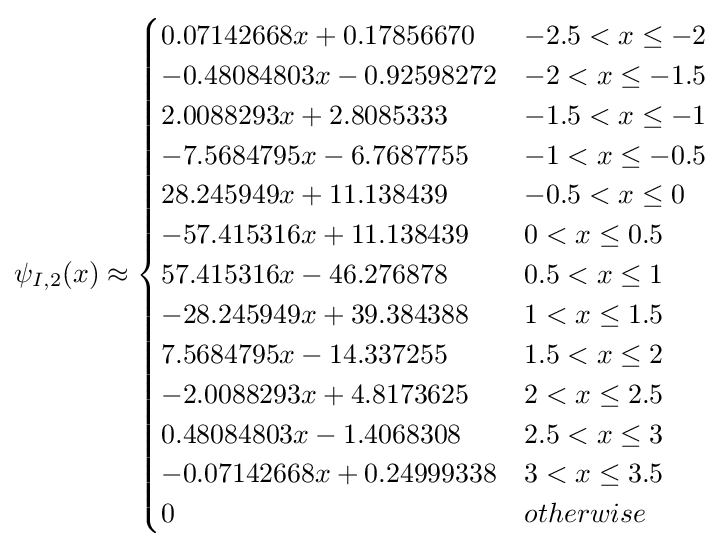
\psi _{I,2}(x)\approx {\begin{cases}0.07142668x+0.17856670&-2.5<x\leq -2\\-0.48084803x-0.92598272&-2<x\leq -1.5\\2.0088293x+2.8085333&-1.5<x\leq -1\\-7.5684795x-6.7687755&-1<x\leq -0.5\\28.245949x+11.138439&-0.5<x\leq 0\\-57.415316x+11.138439&0<x\leq 0.5\\57.415316x-46.276878&0.5<x\leq 1\\-28.245949x+39.384388&1<x\leq 1.5\\7.5684795x-14.337255&1.5<x\leq 2\\-2.0088293x+4.8173625&2<x\leq 2.5\\0.48084803x-1.4068308&2.5<x\leq 3\\-0.07142668x+0.24999338&3<x\leq 3.5\\0&{otherwise}\end{cases}}